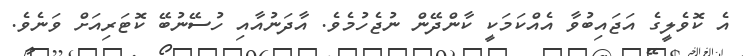
އެ ކޮވެލީގެ އަޖައިބުވާ އެއްކަމަކީ ކާންދޭން ނުޖެހުމެވެ. އާދަނުއާއި ހުސޭނުބޭ ކޮޓަރިއަށް ވަނެވެ.